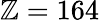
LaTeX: \mathbb{Z}=164